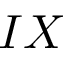
I X